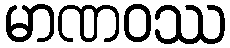
မာဏဝဿ